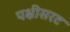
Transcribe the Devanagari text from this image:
पक्षीसरट